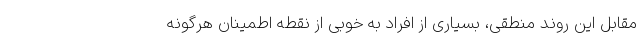
مقابل این روند منطقی، بسیاری از افراد به خوبی از نقطه اطمینان هرگونه